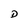
Character: D